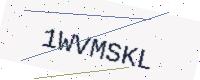
Text: 1WVMSKL